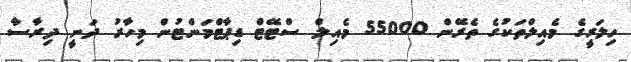
ހިލަރީގެ މެއިލްތަކުގެ ތެރޭން 55000 މެެއިލް ސްޓޭޓް ޑިޕާޓްމަންޓުން މިހާރު ދަނީ ދިރާސާ